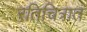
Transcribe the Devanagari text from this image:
रतिचित्रात